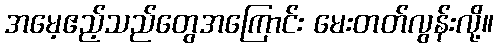
အမေ့ဧည့်သည်တွေအကြောင်း မေးတတ်လွန်းလို့။